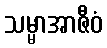
သမ္မာအာဇီဝံ